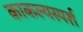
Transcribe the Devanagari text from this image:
काकल्यस्पर्श